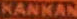
KANKAN